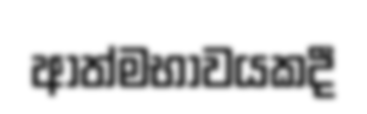
ආත්මභාවයකදී